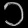
Digit: ၁